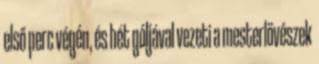
első perc végén, és hét góljával vezeti a mesterlövészek